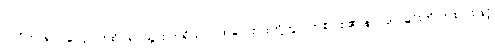
၂။ ဝိဟာရ = လျောင်းထိုင်ရပ်သွား ဣရိယာပုထ်လေးပါးတို့တွင် တစ်ပါး ၏ နာကျင်ခြင်းကို တစ်ပါးဖြင့်